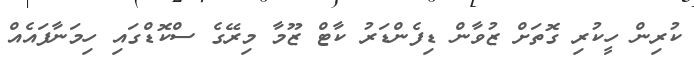
ކުރިން ހީކުރި ގޮތަށް ޒުވާން ޑިފެންޑަރު ކާޓް ޒޫމާ މިރޭގެ ސްކޮޑްގައި ހިމަނާފައެއް